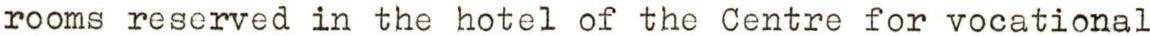
rooms reserved in the hotel of the Centre for vocational